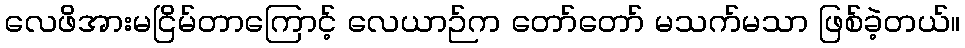
လေဖိအားမငြိမ်တာကြောင့် လေယာဉ်က တော်တော် မသက်မသာ ဖြစ်ခဲ့တယ်။